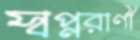
স্বপ্নরাণী